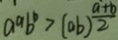
a ^ { a } b ^ { 2 } > ( a b ) \frac { a + b } { 2 }